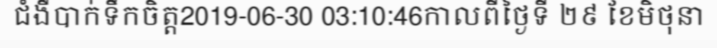
ជំងឺបាក់ទឹកចិត្ត2019-06-30 03:10:46កាលពីថ្ងៃទី ២៩ ខែមិថុនា